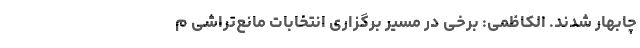
چابهار شدند. الکاظمی: برخی‌ در مسیر برگزاری انتخابات مانع‌تراشی م